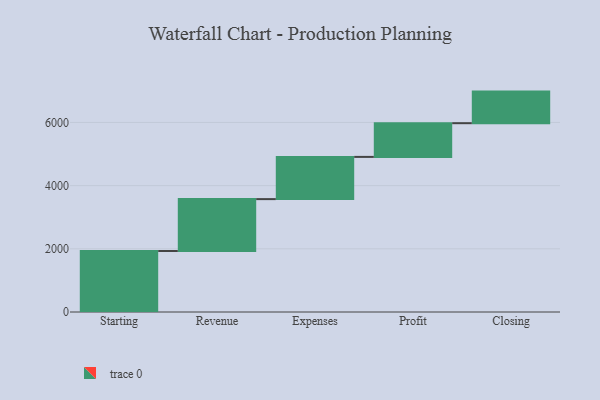
{"axis": {"x": "Step", "y": "Value"}, "legend": [""], "data": [{"x": "Starting", "y": 1930.0, "type": ""}, {"x": "Revenue", "y": 1643.0, "type": ""}, {"x": "Expenses", "y": 1336.0, "type": ""}, {"x": "Profit", "y": 1067.0, "type": ""}, {"x": "Closing", "y": 1000, "type": ""}]}